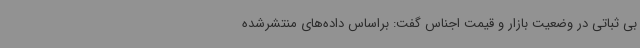
بی ثباتی در وضعیت بازار و قیمت اجناس گفت: براساس داده‌های منتشرشده